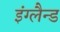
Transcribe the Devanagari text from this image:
इंग्लैन्ड